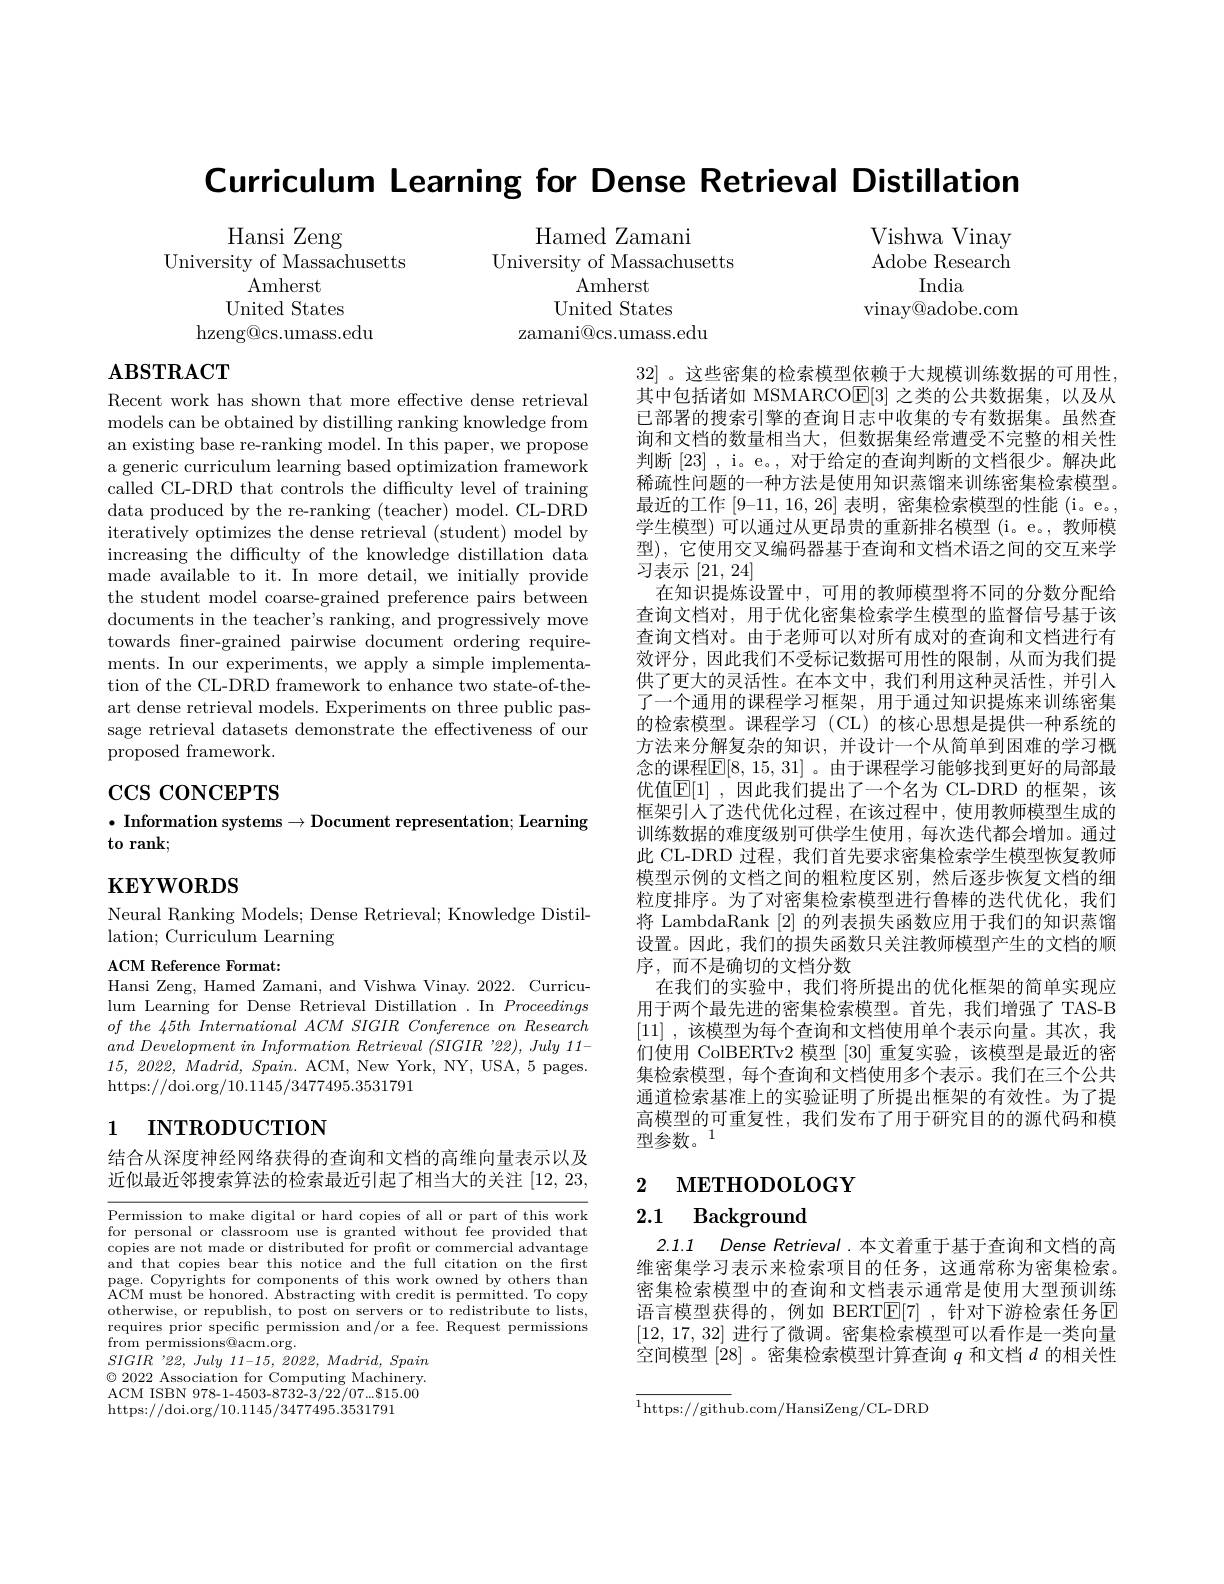
Curriculum Learning for Dense Retrieval Distillation

Vishwa Vinay Adobe Research
India
vinay@adobe.com

Hamed Zamani
University of Massachusetts
Amherst
United States
zamani@cs.umass.edu

Hansi Zeng
University of Massachusetts
Amherst
United States
hzeng@cs.umass.edu

# $\mathbf{ABSTRACT}$

Recent work has shown that m models can be obtained by di an existing base re-ranking model. In this paper, we propose a generic curriculum learnin called CL-DRD that controls data produced by the re-ranking (teacher) model. CL-DRD iteratively optimizes the dense retrieval (student) model by increasing the difficulty of made available to it. In more detail, we initially provide the student model coarse-gra documents in the teacher's ranking, and progressively move towards fner-grained pairwis ments. In our experiments, we apply a simple implementation of the CL-DRD framework to enhance two state-of-theart dense retrieval models. sage retrieval datasets demonstrate the effectiveness of our proposed framework.

32] 。这些密集的检索模型依赖于大规模训练数据的可用性， 其中包括诸如 MSMARCO$\mathbb{E}[3]$之类的公已部署的搜索引擎的查询日志中收集的专有数据集。虽然查询和文档的数量相当大，但数据集经常遭受不完整的相关性判断[23] , i。e。, 对于给定的查询判断的文档很稀疏性问题的一种方法是使用知识蒸馏来训练密集检索模型。最近的工作 [9-11, 16, 26] 表明，密集检索模型的性能 (i。e。, 学生模型)可以通过从更昂贵的重新排名模型(i。e。,教师模型),它使用交叉编码器基于查询和文档术语之间的交互来学习表示[21,24]
在知识提炼设置中，可用的教师模型将不同的分数分配给查询文档对，用于优化密集检索学生模型的监督信号基于该查询文档对。由于老师可以对所有成对的查询和文档进行有效评分，因此我们不受标记数据可用性的限制，从而为我们提供了更大的灵活性。在本文中，我们利用这种灵活性，并引入了一个通用的课程学习框架，用于通过知识提炼来训练密集的检索模型。课程学习(CL)的核心思想是提供一种系统的方法来分解复杂的知识，并设计一个从简单到困难的学习概念的课程$\mathbb{E}[8,15,31]$ 。由于课程学习能够找到更好的局部最优值$\mathbb{E}[1]$ ,因此我们提出了一个名为 CL框架引人了迭代优化过程，在该过程中，使用教师模型生成的训练数据的难度级别可供学生使用，每次迭代都会增加。通过此 CL-DRD 过程，我们首先要求密集检索学生模型恢模型示例的文档之间的粗粒度区别，然后逐步恢复文档的细粒度排序。为了对密集检索模型进行鲁棒的迭代优化，我们将 LambdaRank [2]的列表损失函数应用于我们的知识蒸馏设置。因此，我们的损失函数只关注教师模型产生的文档的顺序，而不是确切的文档分数
在我们的实验中，我们将所提出的优化框架的简单实现应用于两个最先进的密集检索模型。首先，我们增强了 TAS- [11] ,该模型为每个查询和文档使用单个表示向量。们使用 ColBERTv2 模型[30]重复实验，该模型是最近的密集检索模型，每个查询和文档使用多个表示。我们在三个公共通道检索基准上的实验证明了所提出框架的有效性。为了提高模型的可重复性，我们发布了用于研究目的的源代码和模型参数。1

$\operatorname{ccs}$ coNCEPTS

$\bullet$ Information systems$\to$Do
## to rank;

# $\mathbf{KEYWORDS}$

Neural Ranking Models; Dense
lation; Curriculum Learning

ACM Reference Format:
Hansi Zeng, Hamed Zamani, an lum Learning for Dense Retrieval Distillation .In Proceedings $ofthe\textit{ 45th International ACM SIGIR Conference on Research}$ $and\textit{ Development in Information Retrieval ( SIGIR ' 22) , July 11- }$ 15, 2022, $Madrid$, $Spain.$ ACM, New York, NY, USA, 5 pages. https://doi.org/10.1145/3477

# 1 INTRODUCTION

结合从深度神经网络获得的查询和文档的高维向量表示以及近似最近邻搜索算法的检索最近引起了相当大的关注[12

2 METHODOLOGY

# 2.1 Background

2.1.1 Dense Retrieval.本文着重于基于查询和文档的高维密集学习表示来检索项目的任务，这通常称为密集检索。密集检索模型中的查询和文档表示通常是使用大型预训练语言模型获得的，例如 BERT$\mathbb{E}[7]$ ,针对下游检索任务回[12,17,32]进行了微调。密集检索模型可以看空间模型[28] 。密集检索模型计算查询$q$

Permission to make digital o for personal or classroom us copies are not made or distributed for profit or commercial advantage and that copies bear this no page. Copyrights for compone ACM must be honored. Abstrac otherwise, or republish, to post on servers or to redistribute to lists, requires prior specific perm from permissions@acm.org.
$SIGIR$ '22, July 11-15, 202 $\odot2022$ Association for Computing Machinery. ACM ISBN 978-1-4503-8732-3/2 https://doi.org/10.1145/3477
$$\overline{{^{1}\text{https://githu}}}\text{b.com/HansiZeng/CL-DRD}$$